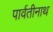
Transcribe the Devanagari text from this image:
पार्वतीनाथ